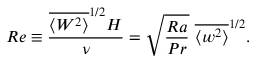
R e \equiv \frac { \overline { { \langle W ^ { 2 } \rangle } } ^ { 1 / 2 } H } { \nu } = \sqrt { \frac { R a } { P r } } \ \overline { { \langle w ^ { 2 } \rangle } } ^ { 1 / 2 } .